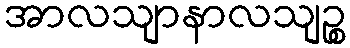
အာလသျာနာလသျဉ္စ